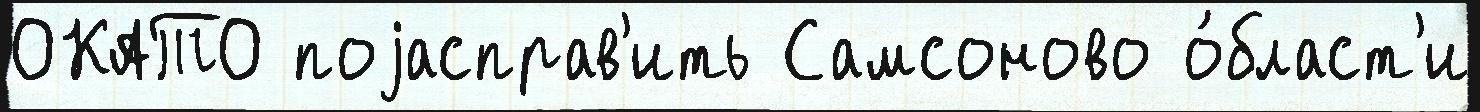
ОКАТО поjасправ'ить Самсоново о́бласт'и